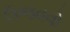
ઉજવવો